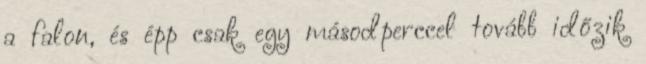
a falon, és épp csak egy másodperccel tovább időzik